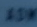
15W